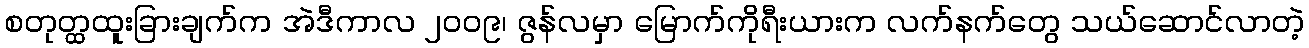
စတုတ္ထထူးခြားချက်က အဲဒီကာလ ၂၀၀၉၊ ဇွန်လမှာ မြောက်ကိုရီးယားက လက်နက်တွေ သယ်ဆောင်လာတဲ့